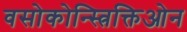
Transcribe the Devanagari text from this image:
वसोकोन्स्त्रिक्तिओन